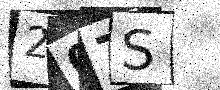
Text: 207S